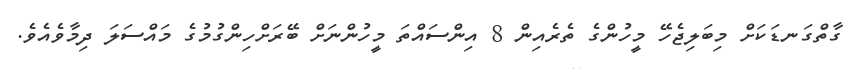
ގާތްގަނޑަކަށް މިބަލިޖެހޭ މީހުންގެ ތެރެއިން 8 އިންސައްތަ މީހުންނަށް ބޭރަށްހިންގުމުގެ މައްސަލަ ދިމާވެއެވެ.